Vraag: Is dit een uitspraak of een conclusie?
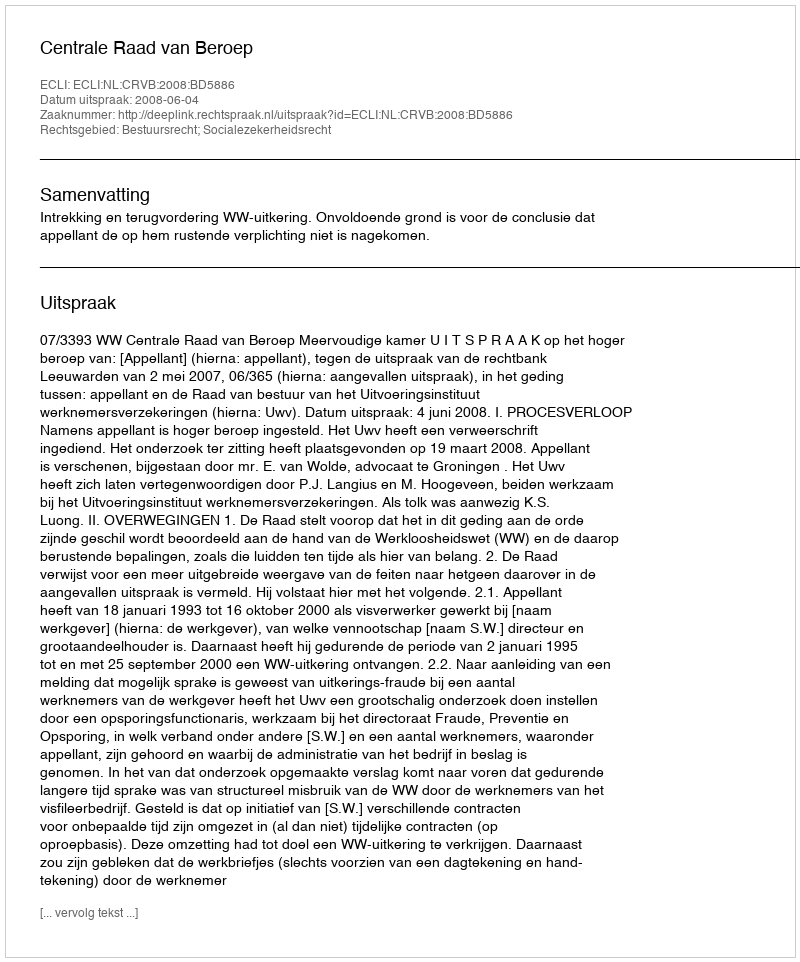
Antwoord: Uitspraak